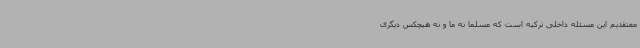
معتقدیم این مسئله داخلی ترکیه است که مسلماً نه ما و نه هیچکس دیگری